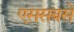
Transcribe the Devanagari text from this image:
एससबसे